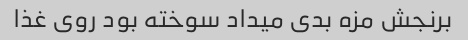
برنجش مزه بدی میداد سوخته بود روی غذا